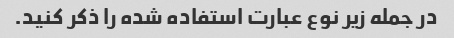
در جمله زیر نوع عبارت استفاده شده را ذکر کنید.